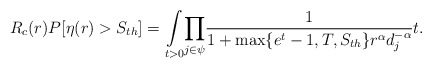
\begin{align*}R_c(r)P[\eta(r)>S_{th}]=\underset{t>0}\int\underset{j \in \psi}\prod\frac{1}{1+\max\{e^t-1,T,S_{th}\} r^\alpha d_j^{-\alpha}}t.\end{align*}